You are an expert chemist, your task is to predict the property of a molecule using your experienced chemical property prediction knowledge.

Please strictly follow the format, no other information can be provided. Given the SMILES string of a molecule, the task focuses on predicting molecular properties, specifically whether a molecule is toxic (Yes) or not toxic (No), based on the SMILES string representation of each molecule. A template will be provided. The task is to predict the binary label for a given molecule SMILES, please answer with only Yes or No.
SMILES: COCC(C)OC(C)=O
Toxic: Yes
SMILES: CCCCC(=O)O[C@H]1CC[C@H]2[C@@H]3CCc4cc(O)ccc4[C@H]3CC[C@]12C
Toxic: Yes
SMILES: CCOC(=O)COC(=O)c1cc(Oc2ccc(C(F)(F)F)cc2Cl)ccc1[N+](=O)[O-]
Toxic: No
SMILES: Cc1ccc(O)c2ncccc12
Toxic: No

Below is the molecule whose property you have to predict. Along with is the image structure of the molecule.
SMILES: NC(=O)c1cc([N+](=O)[O-])cc([N+](=O)[O-])c1
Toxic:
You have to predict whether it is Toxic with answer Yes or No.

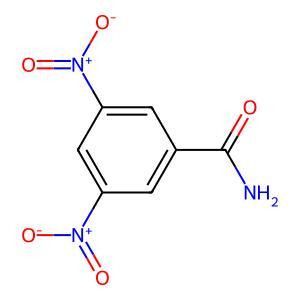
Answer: No